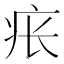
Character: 𪽪